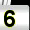
Digit: 6